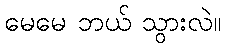
မေမေ ဘယ် သွားလဲ။